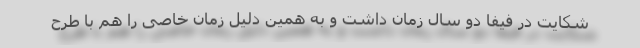
شکایت در فیفا دو سال زمان داشت و به همین دلیل زمان خاصی را هم با طرح